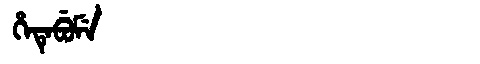
Manchu: ᡥᡝᡨᡝᠪᡠᠮᡝ
Romanization: HETEBUME